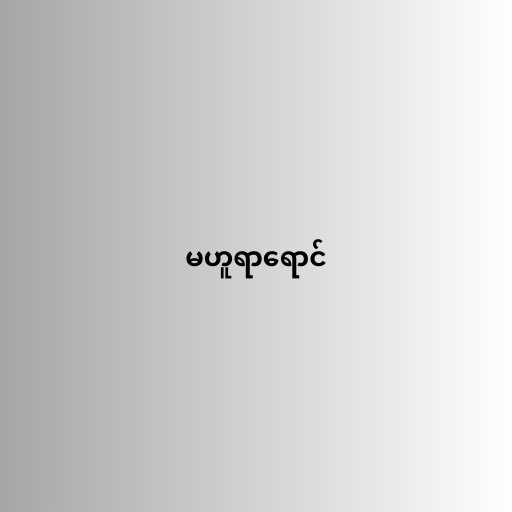
မဟူရာရောင်